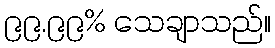
၉၉.၉၉% သေချာသည်။